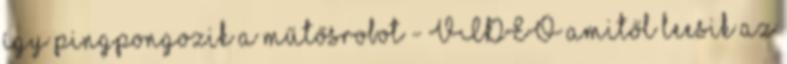
így pingpongozik a műtősrobot - VIDEÓ amitől leesik az